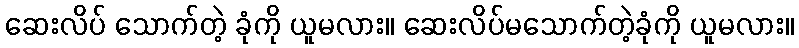
ဆေးလိပ် သောက်တဲ့ ခုံကို ယူမလား။ ဆေးလိပ်မသောက်တဲ့ခုံကို ယူမလား။